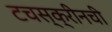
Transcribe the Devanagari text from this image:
टचस्क्रीनची